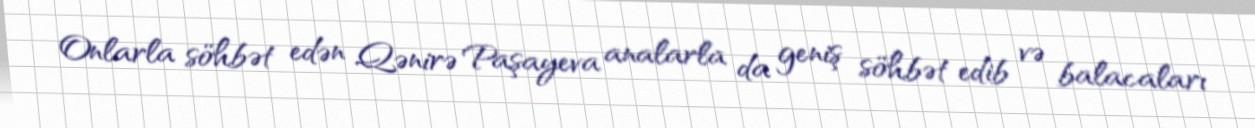
Onlarla söhbət edən Qənirə Paşayeva analarla da geniş söhbət edib və balacaları